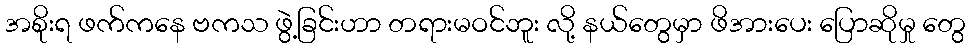
အစိုးရ ဖက်ကနေ ဗကသ ဖွဲ့ခြင်းဟာ တရားမဝင်ဘူး လို့ နယ်တွေမှာ ဖိအားပေး ပြောဆိုမှု တွေ